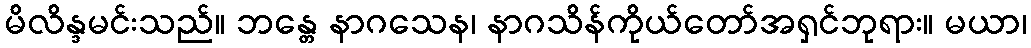
မိလိန္ဒမင်းသည်။ ဘန္တေ နာဂသေန၊ နာဂသိန်ကိုယ်တော်အရှင်ဘုရား။ မယာ၊